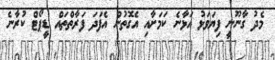
މެދު ގާނޫނީ ފިޔަވަޅު އަޅާނެ ކަމަށާއި އެގޮތުން އެފަދަ ފަރާތްތައް ޑީޕޯޓް ކުރާނެ